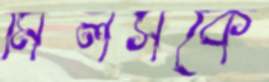
মিলসকে